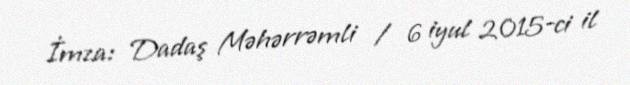
İmza: Dadaş Məhərrəmli / 6 iyul 2015-ci il